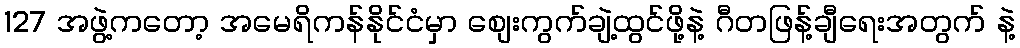
127 အဖွဲ့ကတော့ အမေရိကန်နိုင်ငံမှာ စျေးကွက်ချဲ့ထွင်ဖို့နဲ့ ဂီတဖြန့်ချီရေးအတွက် နဲ့